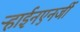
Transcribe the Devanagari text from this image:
ऱ्हाईनएनर्जी